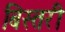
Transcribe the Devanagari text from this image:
बिस्तरी